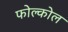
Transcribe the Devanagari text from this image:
फोल्कोल